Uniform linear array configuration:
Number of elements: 16
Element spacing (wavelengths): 1
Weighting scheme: exponential
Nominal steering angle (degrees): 45
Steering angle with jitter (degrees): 45.966
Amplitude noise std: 0.05
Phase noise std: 0.05

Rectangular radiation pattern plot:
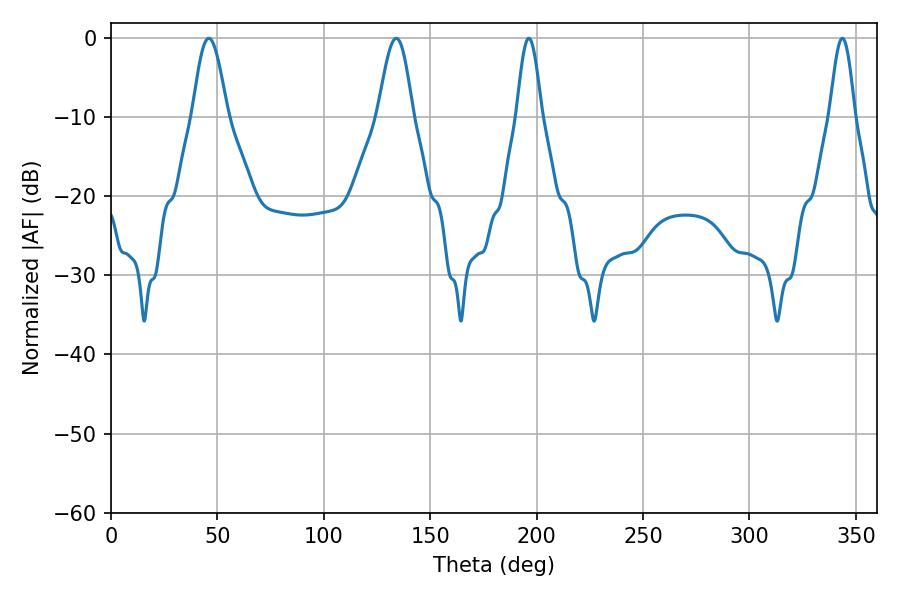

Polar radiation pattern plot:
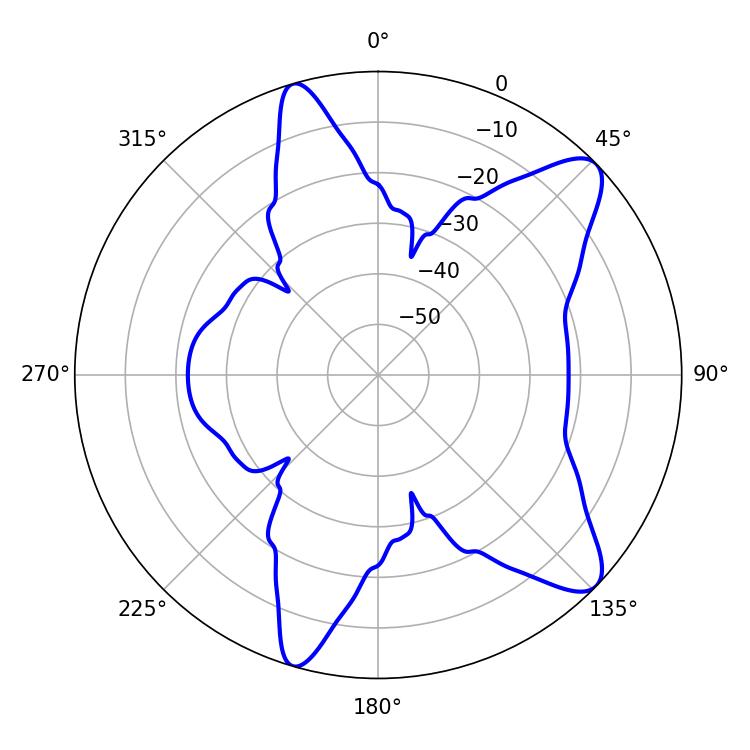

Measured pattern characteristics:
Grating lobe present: TRUE
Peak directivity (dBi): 10.243
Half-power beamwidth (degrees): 8.64
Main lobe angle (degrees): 45.9